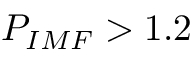
P _ { I M F } > 1 . 2